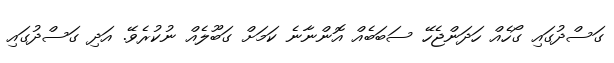
ގަސްދުގައި ގޯހެއް ހަދަންޖެހޭ ސަބަބެއް އޮންނާނެ ކަމަށް ގަބޫލެއް ނުކުރެވޭ. އަދި ގަސްދުގައި